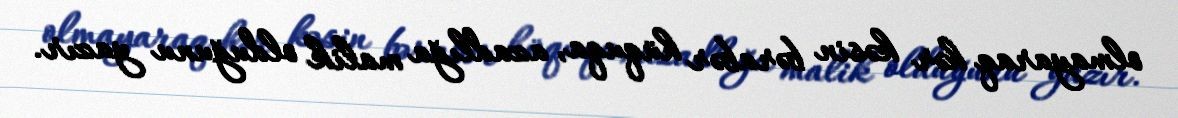
olmayaraq hər kəsin bərabər hüquqa, azadlığa malik olduğunu yazır.